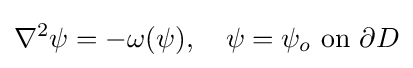
\nabla ^{2}\psi =-\omega (\psi ),\quad \psi =\psi _{o}{\text{ on }}\partial D